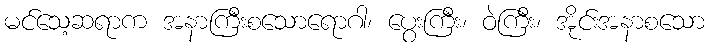
မင်သေ့ဆရာက အနာကြီးစသောရောဂါ၊ ပွေးကြီး၊ ဝဲကြီး၊ အိုင်းအနာစသော